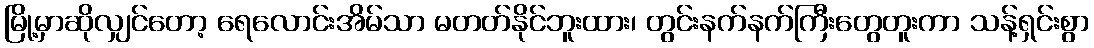
မြို့မှာဆိုလျှင်တော့ ရေလောင်းအိမ်သာ မတတ်နိုင်ဘူးထား၊ တွင်းနက်နက်ကြီးတွေတူးကာ သန့်ရှင်းစွာ